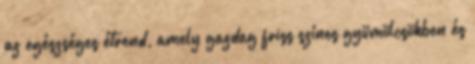
az egészséges étrend, amely gazdag friss színes gyümölcsökben és